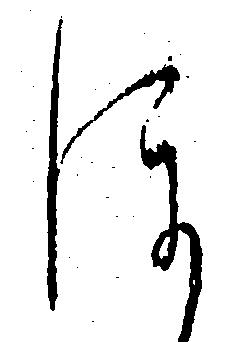
ほ